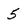
Character: 5